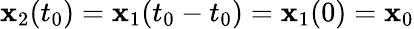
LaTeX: \mathbf{x}_{2}(t_{0})=\mathbf{x}_{1}(t_{0}-t_{0})=\mathbf{x}_{1}(0)=\mathbf{x}_{0}